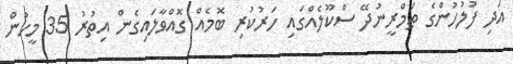
އަދި ފުލުހުންގެ ތަމްރީނުދޭ ސްކޫލެއްގައި ހަރުކުރި ބޮމެއް ގޮއްވާލައިގެން އިތުރު 35 މީހުން